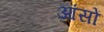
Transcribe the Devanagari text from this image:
आंसों